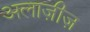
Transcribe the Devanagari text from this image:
अलाज़ीज़